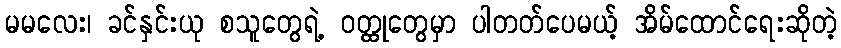
မမလေး၊ ခင်နှင်းယု စသူတွေရဲ့ ဝတ္ထုတွေမှာ ပါတတ်ပေမယ့် အိမ်ထောင်ရေးဆိုတဲ့